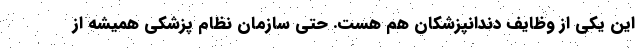
این یکی از وظایف دندانپزشکان هم هست. حتی سازمان نظام پزشکی همیشه از